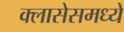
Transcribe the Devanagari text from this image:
क्लासेसमध्ये